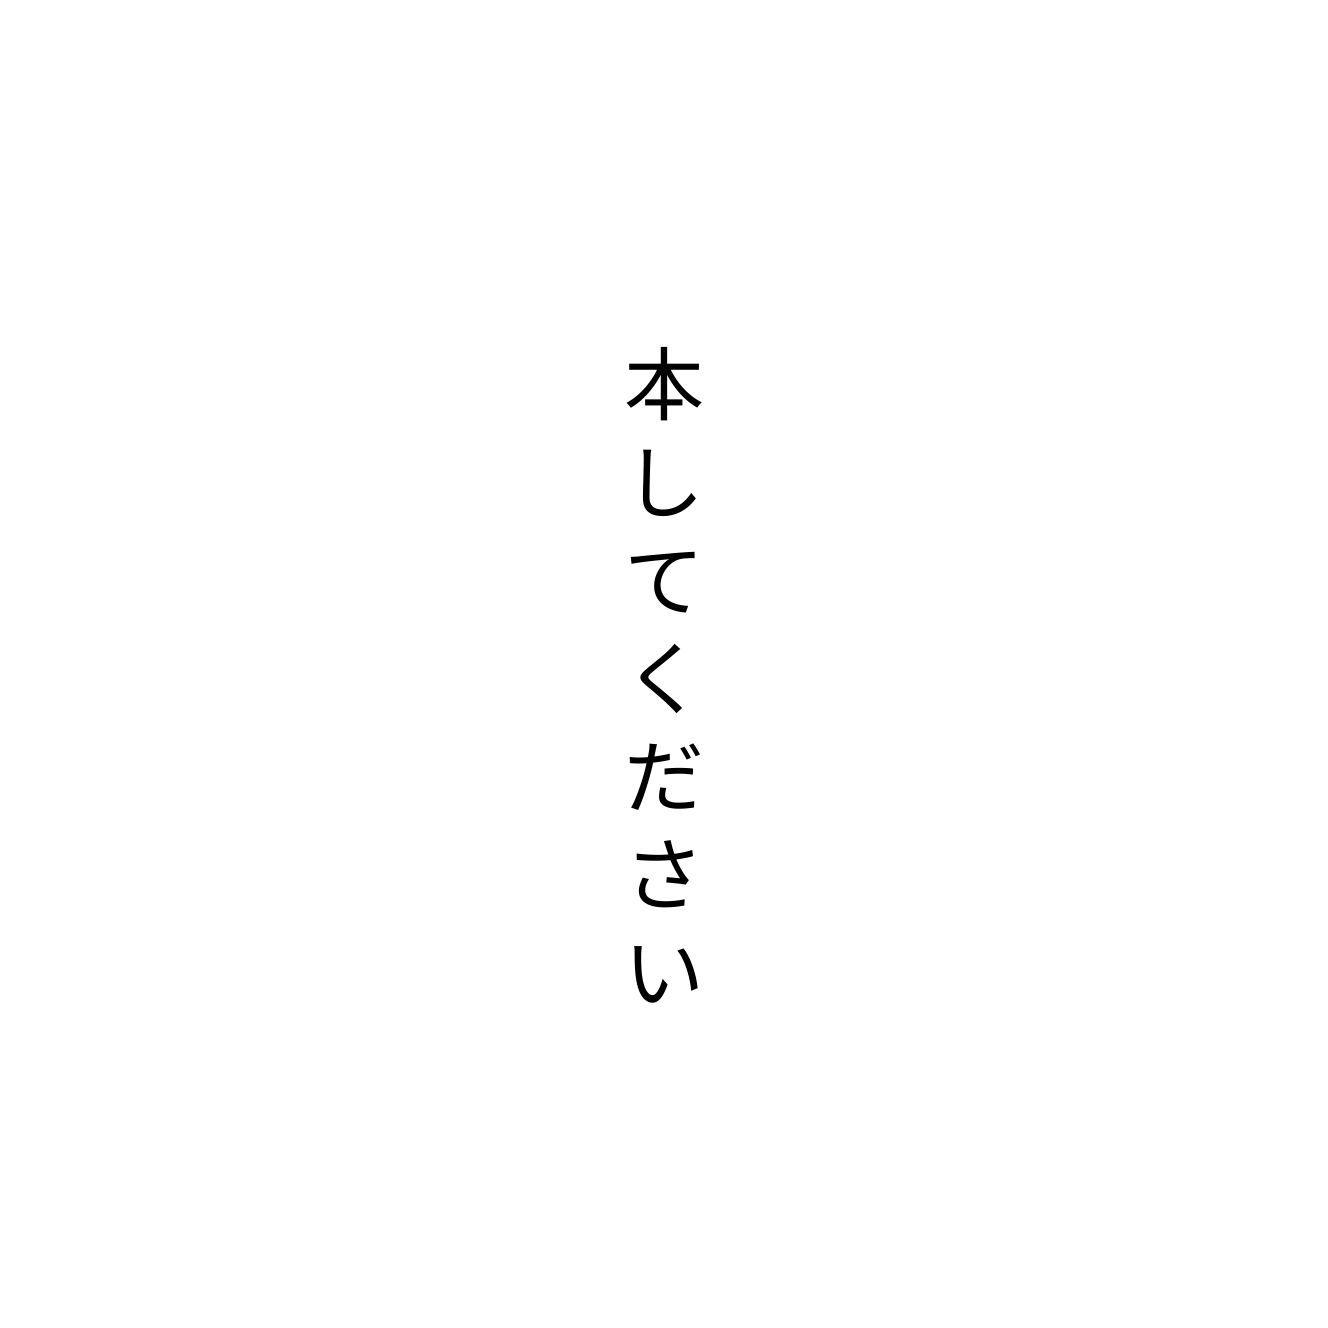
本してください